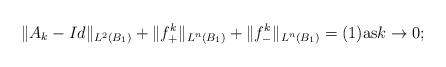
LaTeX: \begin{align*}\|A_k - Id\|_{L^2(B_1)} + \|f_+^k\|_{L^n(B_1)} + \|f_-^k\|_{L^n(B_1)} = (1) \mbox{as} k\rightarrow 0;\end{align*}